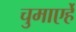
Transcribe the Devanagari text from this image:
चुमाएर्हे